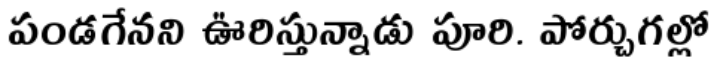
పండగేనని ఊరిస్తున్నాడు పూరి. పోర్చుగల్లో